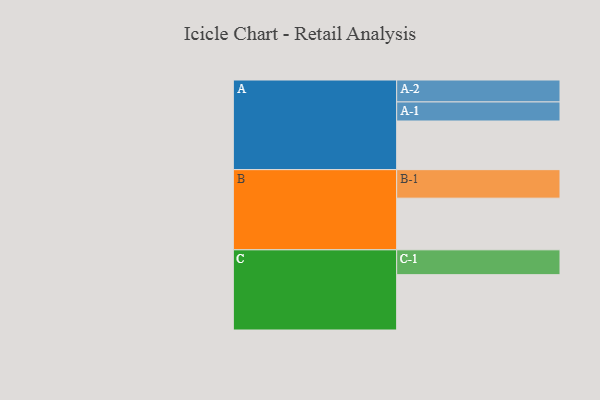
{"axis": {"x": "Segment", "y": "Value"}, "legend": ["", "A", "B", "C"], "data": [{"x": "A", "y": 370, "type": ""}, {"x": "B", "y": 393, "type": ""}, {"x": "C", "y": 421, "type": ""}, {"x": "A-1", "y": 145, "type": "A"}, {"x": "A-2", "y": 167, "type": "A"}, {"x": "B-1", "y": 217, "type": "B"}, {"x": "C-1", "y": 189, "type": "C"}]}